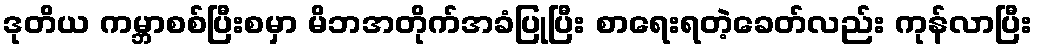
ဒုတိယ ကမ္ဘာစစ်ပြီးစမှာ မိဘအတိုက်အခံပြုပြီး စာရေးရတဲ့ခေတ်လည်း ကုန်လာပြီး